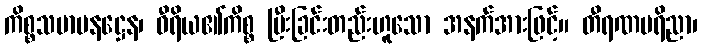
ကိစ္စသမာပနဋ္ဌေန၊ ဝီရိယ၏ကိစ္စ ပြီးခြင်းတည်းဟူသော အနက်အားဖြင့်။ တီရဏပရိညာ၊